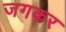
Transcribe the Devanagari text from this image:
जगकर